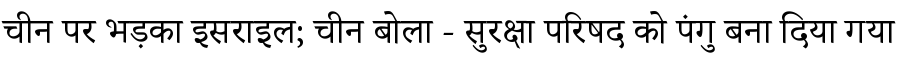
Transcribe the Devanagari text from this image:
चीन पर भड़का इसराइल; चीन बोला - सुरक्षा परिषद को पंगु बना दिया गया